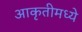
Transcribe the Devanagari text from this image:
आकृतीमध्ये